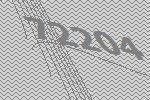
72204